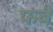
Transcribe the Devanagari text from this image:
फबै